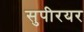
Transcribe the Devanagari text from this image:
सुपीरयर